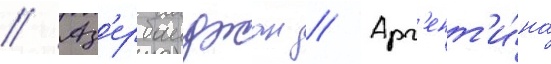
// Аз'ербаиджан // Арг'ент'и́на